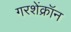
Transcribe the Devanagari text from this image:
गरशेंक्रॉन